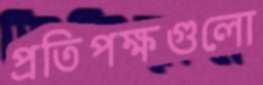
প্রতিপক্ষগুলো